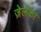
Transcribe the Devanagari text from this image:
ज़ेलेंका